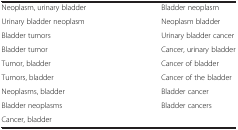
| <COLSPAN=2>  |
 | --- | --- |
 | Neoplasm, urinary bladder | Bladder neoplasm |
 | Urinary bladder neoplasm | Neoplasm bladder |
 | Bladder tumors | Urinary bladder cancer |
 | Bladder tumor | Cancer, urinary bladder |
 | Tumor, bladder | Cancer of bladder |
 | Tumors, bladder | Cancer of the bladder |
 | Neoplasms, bladder | Bladder cancer |
 | Bladder neoplasms | Bladder cancers |
 | Cancer, bladder |  |